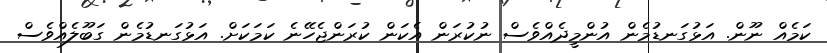
ކަމެއް ނޫން. އަޅުގަނޑުމެން އުންމީދެއްވެސް ނުކުރަން އެކަން ކުރަންޖެހޭނެ ކަަމަކަށް. އަޅުގަނޑުމެން ގަބޫލެއްވެސް